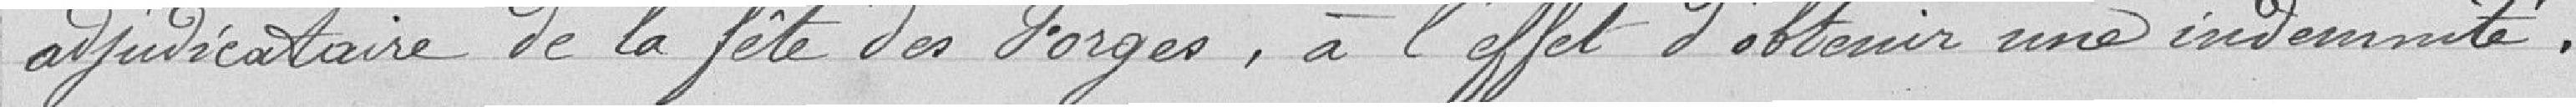
adjudicataire de la fête des Forges, à l'effet d'obtenir une indemnité.